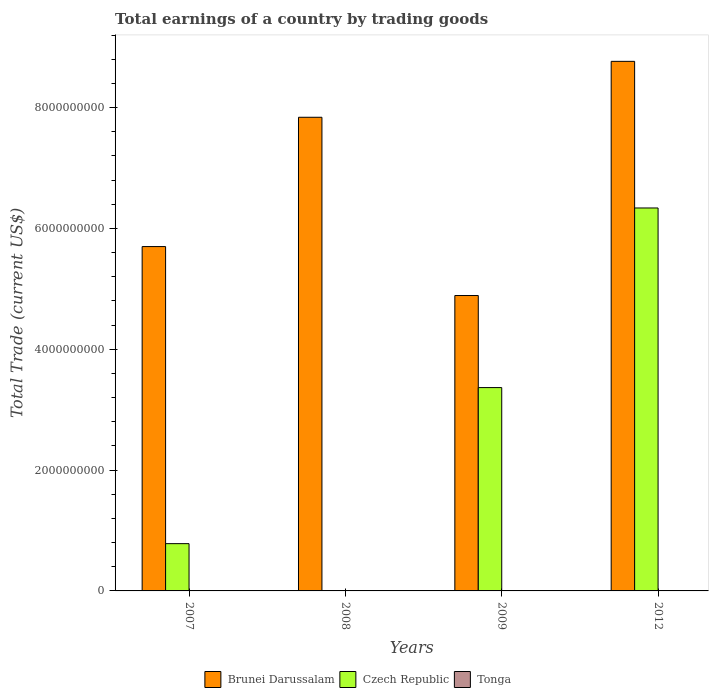
| Years | Brunei Darussalam | Czech Republic | Tonga |
 | --- | --- | --- | --- |
 | 2007 | 5.7e+09 | 7.83e+08 | -1.42e+08 |
 | 2008 | 7.84e+09 | -6.96e+07 | -1.75e+08 |
 | 2009 | 4.89e+09 | 3.37e+09 | -1.79e+08 |
 | 2012 | 8.77e+09 | 6.34e+09 | -1.79e+08 |